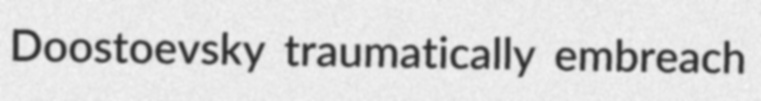
Doostoevsky traumatically embreach